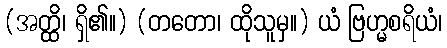
(အတ္ထိ၊ ရှိ၏။) (တတော၊ ထိုသူမှ။) ယံ ဗြဟ္မစရိယံ၊